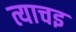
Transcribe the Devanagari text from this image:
त्याचइ